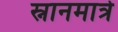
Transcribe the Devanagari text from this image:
स्नानमात्रे